Reports on dispensaries and lunatic asylums in the Province of Oudh - 1869-1876
Year: 1869
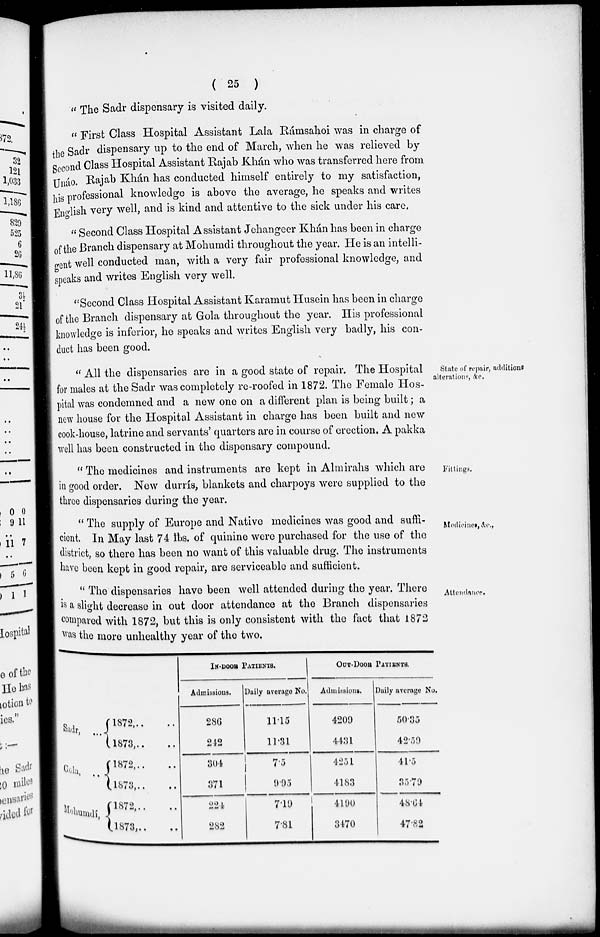
( 25 )
"The Sadr dispensary is visited daily.
"First Class Hospital Assistant Lala Rámsahoi was in charge of
the Sadr dispensary up to the end of March, when he was relieved by
second Class Hospital Assistant Rajab Khán who was transferred here from
Unáo. Rajab Khán has conducted himself entirely to my satisfaction,
his professional knowledge is above the average, he speaks and writes
English very well, and is kind and attentive to the sick under his care,
" Second Class Hospital Assistant Jehangeer Khán has been in charge
of the Branch dispensary at Mohumdi throughout the year. He is an intelli-
gent well conducted man, with a very fair professional knowledge, and
speaks and writes English very well.
"Second Class Hospital Assistant Karamut Husein has been in charge
of the Branch dispensary at Gola throughout the year. His professional
knowledge is inferior, he speaks and writes English very badly, his con-
duct has been good.
State of repair, additions
alterations, &c.
"All the dispensaries are in a good state of repair. The Hospital
for males at the Sadr was completely re-roofed in 1872. The Female Hos-
pital was condemned and a new one on a different plan is being built; a
new house for the Hospital Assistant in charge has been built and new
cook-house, latrine and servants' quarters are in course of erection. A pakka
well has been constructed in the dispensary compound.
Fittings.
"The medicines and instruments are kept in Almirahs which are
in good order. New durrís, blankets and charpoys were supplied to the
three dispensaries during the year.
Medicines, & c.,
"The supply of Europe and Native medicines was good and suffi-
cient. In May last 74 lbs. of quinine were purchased for the use of the
district, so there has been no want of this valuable drug. The instruments
have been kept in good repair, are serviceable and sufficient.
Attendance.
"The dispensaries have been well attended during the year. There
is a slight decrease in out door attendance at the Branch dispensaries
compared with 1872, but this is only consistent with the fact that 1872
was the more unhealthy year of the two.
sadr, ...
Gola, ..
Mohumdí,
1872, .. ..
1873, .. ..
1872, .. ..
1873, .. ..
1872, .. ..
1873, .. ..
IN-DOOR PATIENTS.
Admissions.
286
242
304
371
224
282
Daily average No.
11.15
11.31
7.5
9.95
7.19
7.81
OUT-DOOR PATIENTS.
Admissions.
4209
4431
4251
4183
4190
3470
Daily average No.
50.35
42.59
41.5
35.79
48.64
47.82